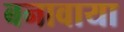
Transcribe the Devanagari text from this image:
बनावाया